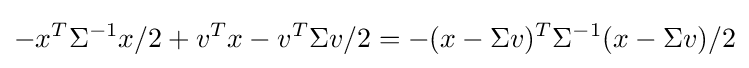
-x^{T}\Sigma ^{-1}x/2+v^{T}x-v^{T}\Sigma v/2=-(x-\Sigma v)^{T}\Sigma ^{-1}(x-\Sigma v)/2